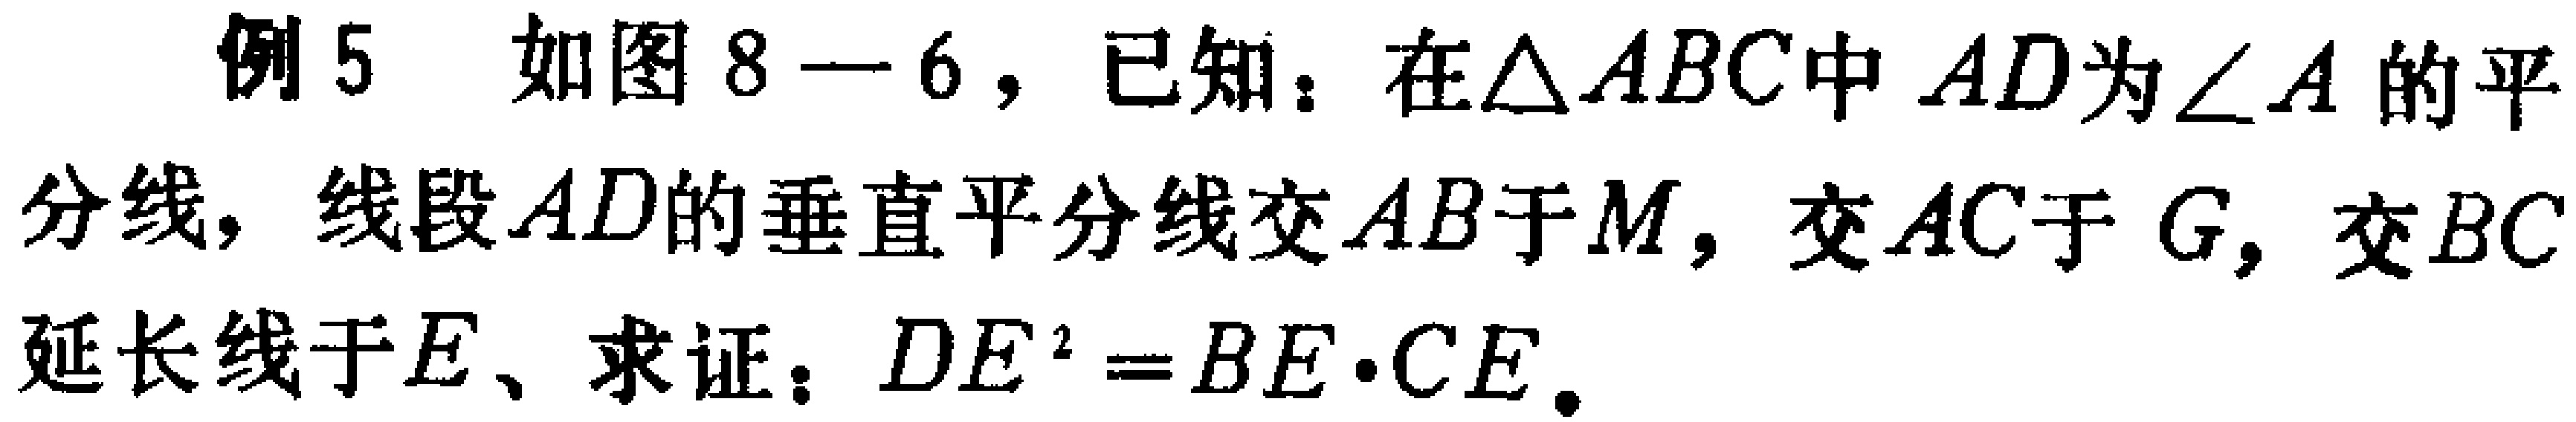
例5 如图8—6，已知：在$\triangle ABC$中$AD$为$\angle A$的平分线，线段$AD$的垂直平分线交$AB$于$M$，交$AC$于$G$，交$BC$延长线于$E$、求证：$DE^{2}=BE\cdot CE$。